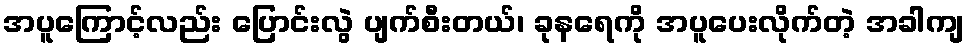
အပူကြောင့်လည်း ပြောင်းလွဲ ပျက်စီးတယ်၊ ခုနရေကို အပူပေးလိုက်တဲ့ အခါကျ